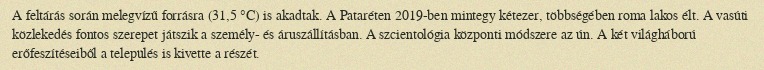
A feltárás során melegvízű forrásra (31,5 °C) is akadtak. A Pataréten 2019-ben mintegy kétezer, többségében roma lakos élt. A vasúti közlekedés fontos szerepet játszik a személy- és áruszállításban. A szcientológia központi módszere az ún. A két világháború erőfeszítéseiből a település is kivette a részét.